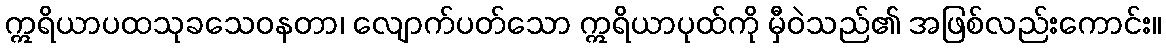
ဣရိယာပထသုခသေဝနတာ၊ လျောက်ပတ်သော ဣရိယာပုထ်ကို မှီဝဲသည်၏ အဖြစ်လည်းကောင်း။